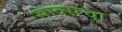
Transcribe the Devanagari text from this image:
साक्सचा